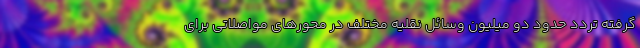
گرفته تردد حدود دو میلیون وسائل نقلیه مختلف در محورهای مواصلاتی برای